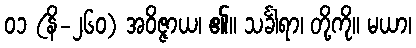
၀၁ (နိ-၂၆၀) အဝိဇ္ဇာယ၊ ၏။ သင်္ခါရာ၊ တို့ကို။ မယာ၊